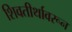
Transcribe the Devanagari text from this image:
शिवतीर्थावरून